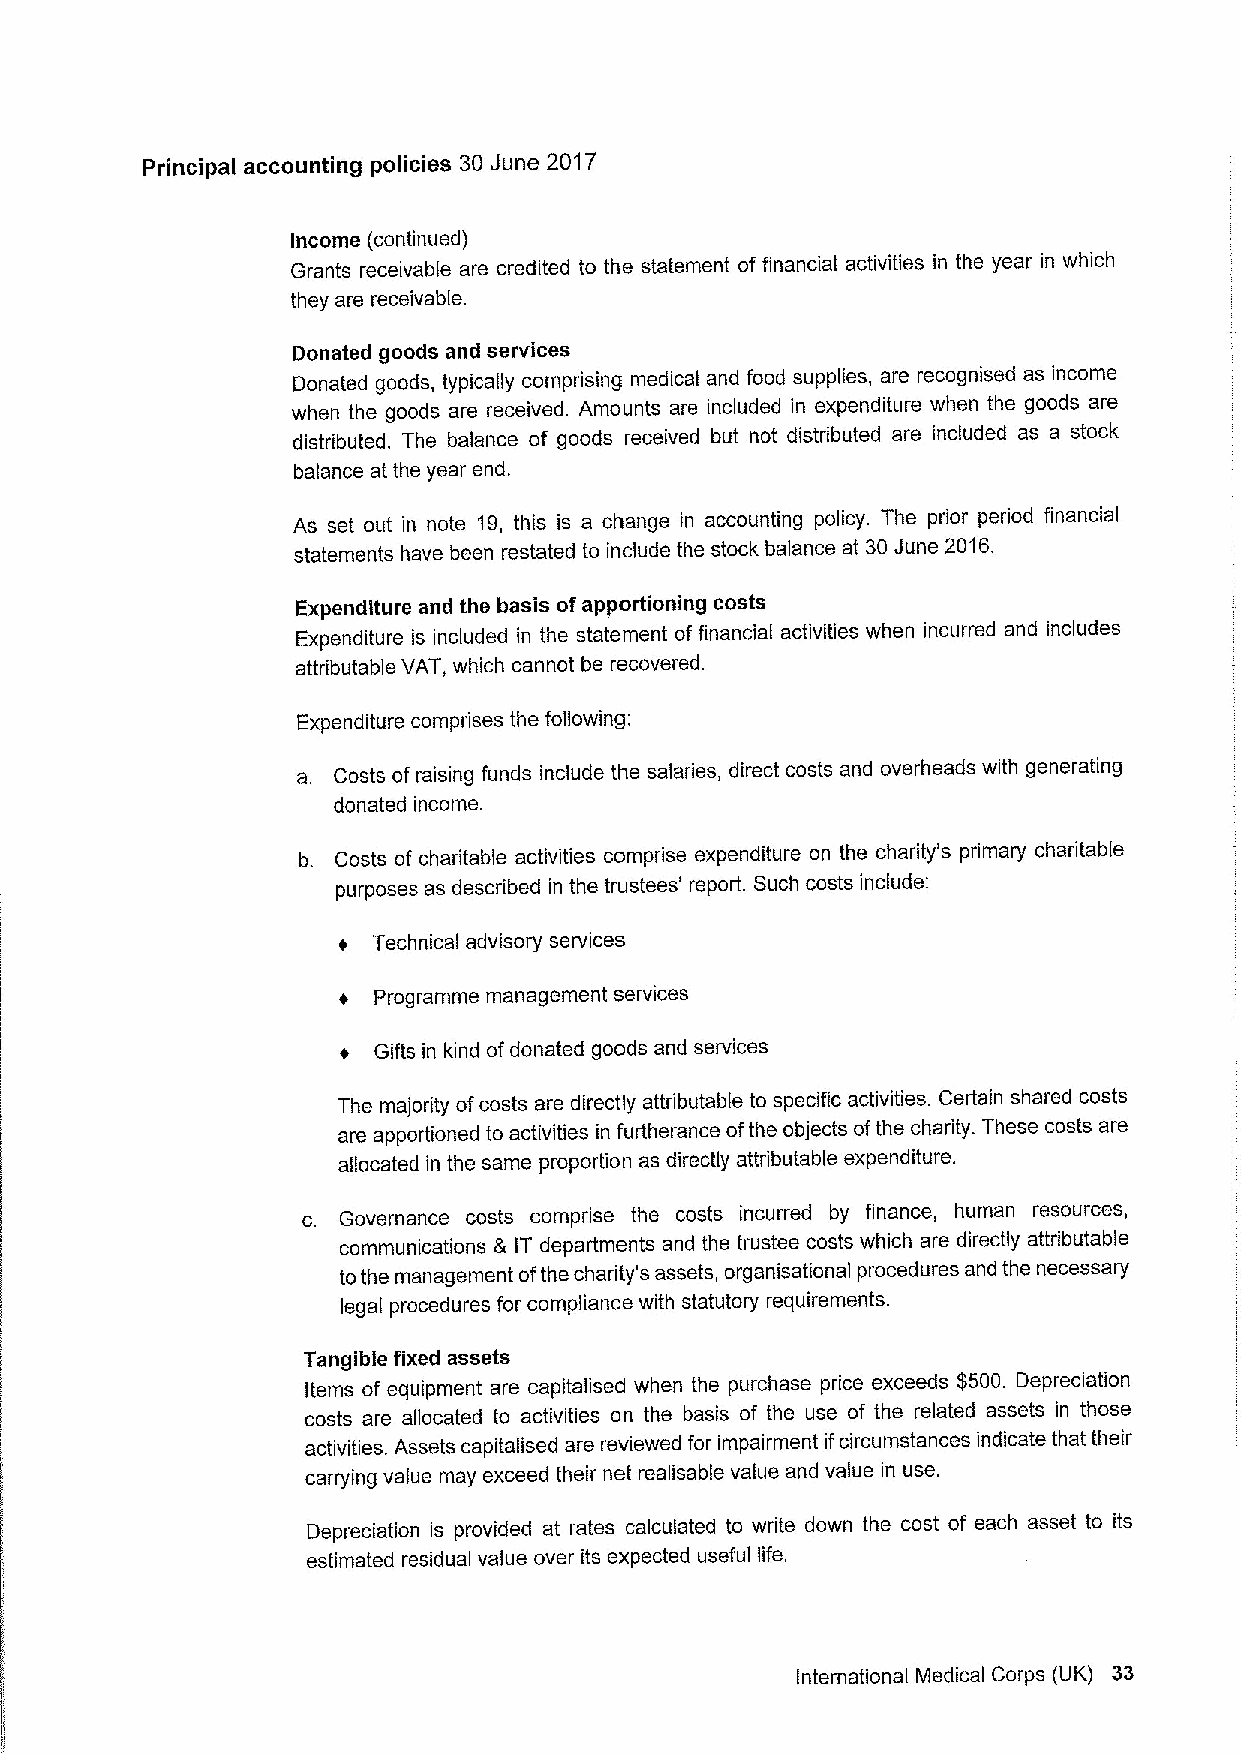
Principal accounting policies 30 June 2017
 Income (continued)
 Grants receivable are credited to the statement of financial activities in the year in which
 they are receivable.
 Donated goods and services
 Donated goods, typically comprising medical and food supplies, are recognised as income
 when the goods are received. Amounts are included in expenditure when the goods are
 distributed. The balance of goods received but not distributed are included as a stock
 balance at the year end,
 As set out in note 19, this is a change in accounting policy. The prior period financial
 statements have been restated to include the stock balance at 30June 2016.
 Expenditure and the basis ofapportioning costs
 Expenditure is included in the statement offinancial activities when incurred and includes
 attributable VAT, which cannot be recovered.
 Expenditure comprises the following:
 a. Costs of raising funds include the salaries, direct costs and overheads with generating
 donated income.
 b. Costs of charitable activities comprise expenditure on the charity's primary charitable
 purposes as described in the trustees' report. Such costs include:
 Technical advisory services
 Programme management services
 Gifts in kind ofdonated goods and services
 The majority ofcosts are directly attributable to specific activities. Certain shared costs
 are apportioned to activities in furtherance ofthe objects ofthe charity. These costs are
 allocated in the same proportion as directly attributable expenditure.
 c. Governance costs comprise the costs incurred by finance, human resources,
 communications 8 IT departments and the trustee costs which are directly attributable
 tothe management ofthe charity's assets, organisational procedures and the necessary
 legal procedures for compliance with statutory requirements.
 Tangible fixed assets
 Items of equipment are capitalised when the purchase price exceeds $500. Depreciation
 costs are allocated to activities on the basis of the use of the related assets in those
 activities. Assets capitalised are reviewed for impairment ifcircumstances indicate that their
 carrying value may exceed their net realisable value and value in use.
 Depreciation is provided at rates calculated to write down the cost of each asset to its
 estimated residual value over its expected useful life.
 International Medical Corps (UK) 33